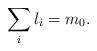
LaTeX: \begin{align*} \sum_{i}l_{i}=m_{0}. \end{align*}